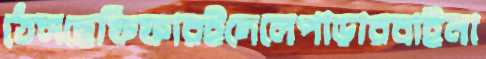
ঠেসছেফিফারইদেলেপাড়ারবাইনা